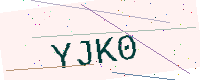
Text: YJK0